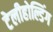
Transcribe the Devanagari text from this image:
टेलीहोल्डिंग